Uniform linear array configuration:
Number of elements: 12
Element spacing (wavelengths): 0.75
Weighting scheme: binomial
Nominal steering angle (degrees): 45
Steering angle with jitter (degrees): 43.612
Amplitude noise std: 0.05
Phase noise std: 0.05

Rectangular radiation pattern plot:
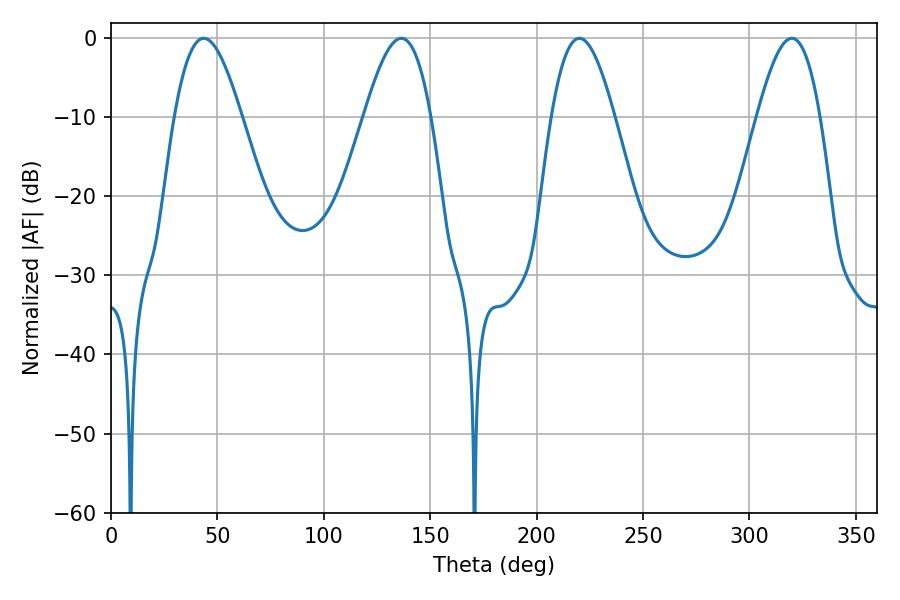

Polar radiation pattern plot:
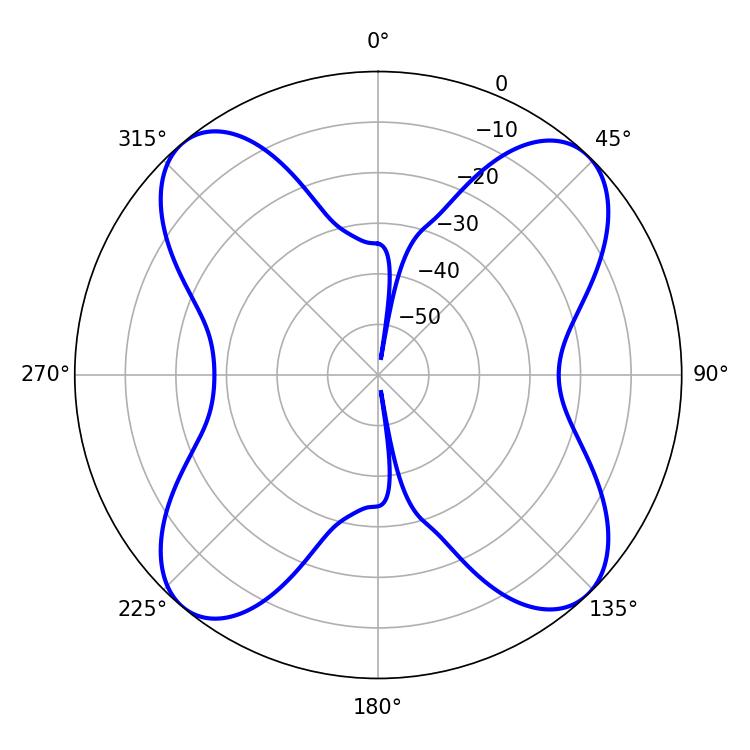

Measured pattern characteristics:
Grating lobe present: TRUE
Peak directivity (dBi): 15.477
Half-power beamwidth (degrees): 17.1
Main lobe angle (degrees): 43.56